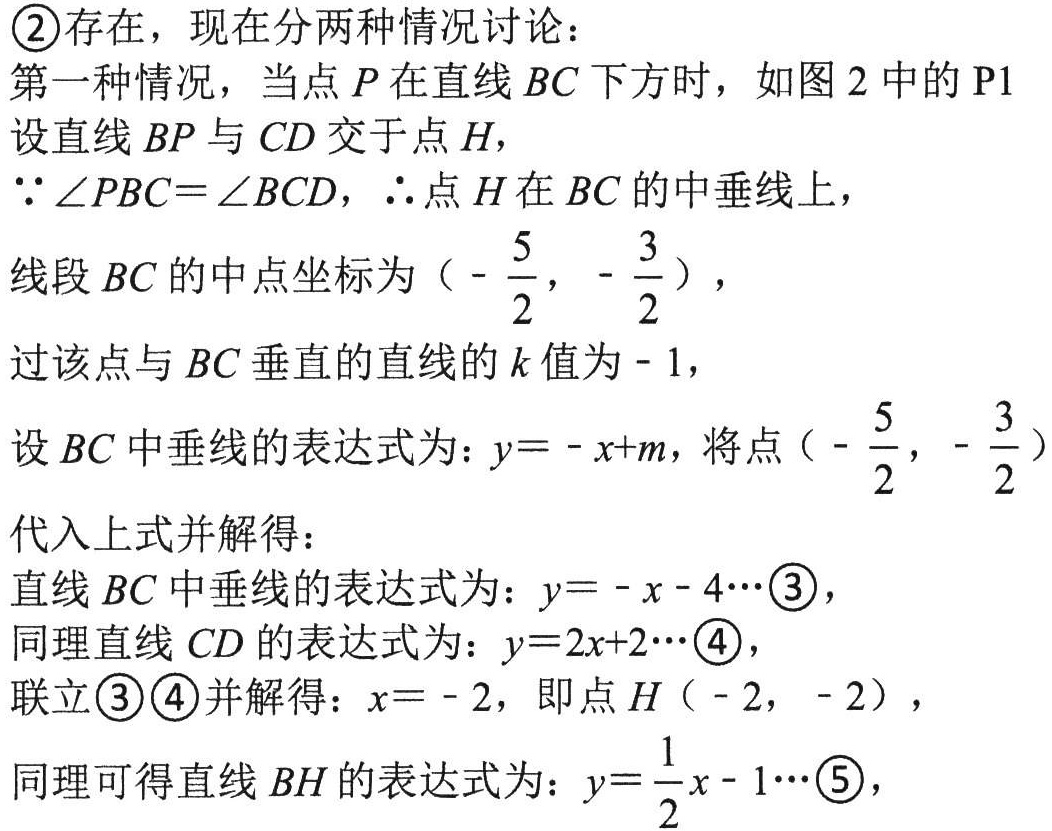
\textcircled{2}存在，现在分两种情况讨论：
第一种情况，当点\(P\)在直线\(BC\)下方时，如图2中的\(P1\)
设直线\(BP\)与\(CD\)交于点\(H\)，
\(\because\angle PBC = \angle BCD\)，\(\therefore\)点\(H\)在\(BC\)的中垂线上，
线段\(BC\)的中点坐标为（\(-\dfrac{5}{2},-\dfrac{3}{2}\)），
过该点与\(BC\)垂直的直线的\(k\)值为\(-1\)，
设\(BC\)中垂线的表达式为：\(y=-x + m\)，将点（\(-\dfrac{5}{2},-\dfrac{3}{2}\)）
代入上式并解得：
直线\(BC\)中垂线的表达式为：\(y=-x - 4\cdots\)\textcircled{3}，
同理直线\(CD\)的表达式为：\(y = 2x + 2\cdots\)\textcircled{4}，
联立\textcircled{3}\textcircled{4}并解得：\(x=-2\)，即点\(H\)（\(-2,-2\)），
同理可得直线\(BH\)的表达式为：\(y=\dfrac{1}{2}x - 1\cdots\)\textcircled{5}，